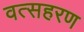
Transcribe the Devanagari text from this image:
वत्सहरण